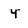
Character: y